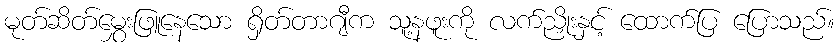
မုတ်ဆိတ်မွှေးဖြူနေသော ရှိတ်တာဂျီက သူ့နဖူးကို လက်ညှိုးနှင့် ထောက်ပြ ပြောသည်။